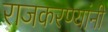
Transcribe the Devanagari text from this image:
राजकरण्यांनी